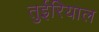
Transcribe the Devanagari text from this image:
तुईरियाल